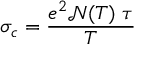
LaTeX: \sigma _ { c } = \frac { e ^ { 2 } \mathcal { N } ( T ) \; \tau } { T }